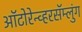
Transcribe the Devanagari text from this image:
ऑटोरेन्व्हरसॅम्लुंग